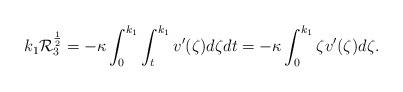
LaTeX: \begin{align*} k_1\mathcal{R}_3^{\frac{1}{2}} = -\kappa\int_{0}^{k_1}\int_{t}^{k_1} v'(\zeta)d\zeta dt = -\kappa\int_{0}^{k_1}\zeta v'(\zeta) d\zeta. \end{align*}